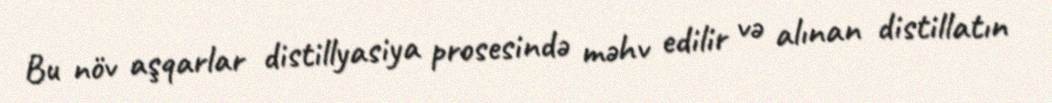
Bu növ aşqarlar distillyasiya prosesində məhv edilir və alınan distillatın